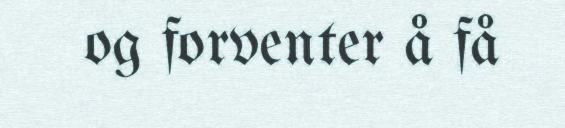
og forventer å få